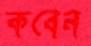
কবেন